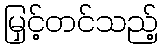
မြှင့်တင်သည့်